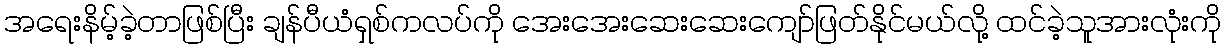
အရေးနိမ့်ခဲ့တာဖြစ်ပြီး ချန်ပီယံရှစ်ကလပ်ကို အေးအေးဆေးဆေးကျော်ဖြတ်နိုင်မယ်လို့ ထင်ခဲ့သူအားလုံးကို